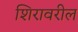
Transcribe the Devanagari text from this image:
शिरावरील